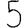
Digit: 5